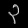
Digit: ၃